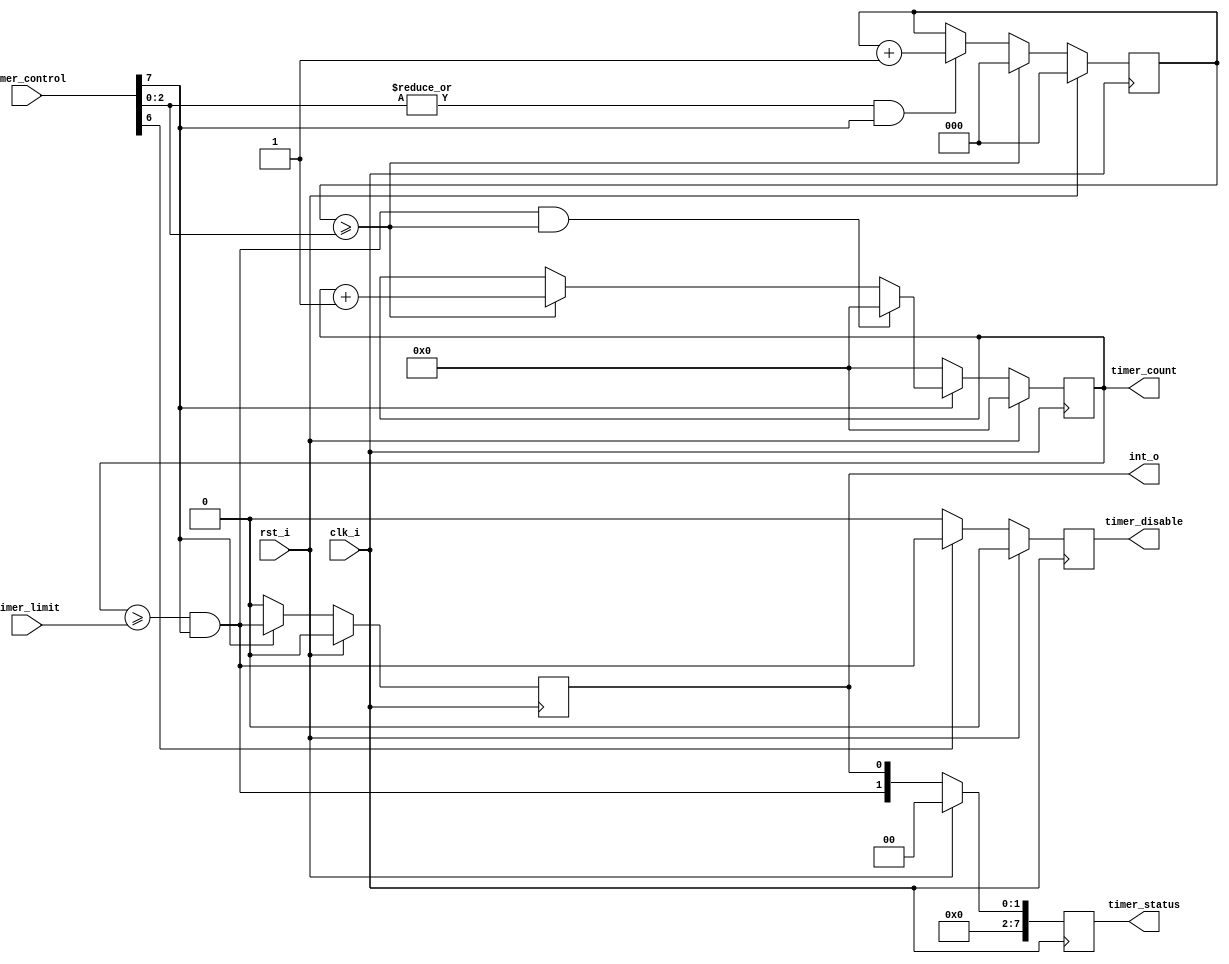
//                              -*- Mode: Verilog -*-
// Description     : Picoblaze based timer
// Last Modified By: .
// Last Modified On: .
// Update Count    : 0
// Status          : Unknown, Use with caution!


module pb_timer(
		input wire        clk_i,
		input wire        rst_i,
		input wire [7:0]  timer_control,
		input wire [15:0] timer_limit,          // Write an N-1 value for timer if you want N clocks
		output reg [7:0]  timer_status,
		output reg [15:0] timer_count,          // Never let this be a 0 from FW, 1 is a minimum value!
		output reg        timer_disable,        // When asserted, the register file should clear timer_control[7]
		output reg        int_o
		);

    //
    // timer_enabled is just a way to indicate the functionality of timer_control[7]
    //
    wire 			  timer_enabled = timer_control[7];   

    //
    // timer_single_shot is just a way to indicate the functionality of timer_control[6]
    //    
    wire 			  timer_single_shot = timer_control[6];

    //
    // timer_done is checking the current running count against the limit
    // once our running counter is at or beyond the limit, it goes high
    // and stays high until the counter restarts
    //
    wire 			  timer_done = (timer_count >= timer_limit) & timer_enabled;
   
    //
    // timer_pre_scale is just a way to indicate the functionality of timer_control[2:0]
    //
   wire [2:0] 			  timer_pre_scale = timer_control[2:0];
   reg [2:0] 			  timer_pre_scale_counter;
   wire 			  timer_pre_scale_counter_done =  (timer_pre_scale_counter >=  timer_pre_scale);
   
    //
    // If timer_pre_scale_done then the pre_scale_counter is set back to 0.  If timer_pre_scale is
    // non-zero, we start counting.  This is used to slow the count for the timer counter and allows
    // a larger range of values to be measured
    //
    always @(posedge clk_i)
      if (rst_i)
	timer_pre_scale_counter <= 3'h0;
      else
	if (timer_pre_scale_counter_done)
	  timer_pre_scale_counter <= 3'h0;
	else
	  if ( |timer_pre_scale & timer_enabled)
	    timer_pre_scale_counter <= 	timer_pre_scale_counter +1;
    
    //
    // timer status is our status register that FW can read.  The register control
    // block handles the actual bus interfacing, not the local block
    // 
    always @(posedge clk_i)
      if (rst_i)
	timer_status <= 8'h0;
      else
	timer_status <= {6'b0, timer_done, int_o};    

    //
    // int_o is our interrupt to the CPU.  If the timer is enabled, and the count has reached
    // its limit, assert the interrupt
    //
    always @(posedge clk_i)
      if (rst_i)
	int_o <= 1'b0;
      else
	int_o <= timer_enabled ? timer_done : 1'b0;	

    //
    // timer disable is used when in single shot mode and the timer expires, assert this bit
    // to tell the register file to clear the time_control[7] bit
    //
    always @(posedge clk_i)
      if (rst_i)
	timer_disable <= 1'b0;
      else
	timer_disable <= timer_single_shot ? timer_done : 1'b0;    
    
    //
    // This is the counting block. If we are enabled and done, clear the counter, else increment the counter
    // If we are not enabled, keep the counter at 0
    // 
    always @(posedge clk_i)
      if (rst_i)
	timer_count <= 'b0;
      else
	begin
	    if (timer_enabled)
	      begin
		  if (timer_done & timer_pre_scale_counter_done)
		    timer_count <= 'b0;
		  else if (timer_pre_scale_counter_done)
		    timer_count <= timer_count + 1;
	      end
	    else
	      timer_count <= 'b0;			
	end // else: !if(reset)	
    
endmodule // pb_timer